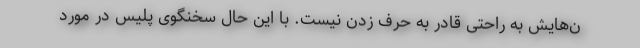
ن‌هایش به راحتی قادر به حرف زدن نیست. با این حال سخنگوی پلیس در مورد